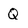
Character: Q